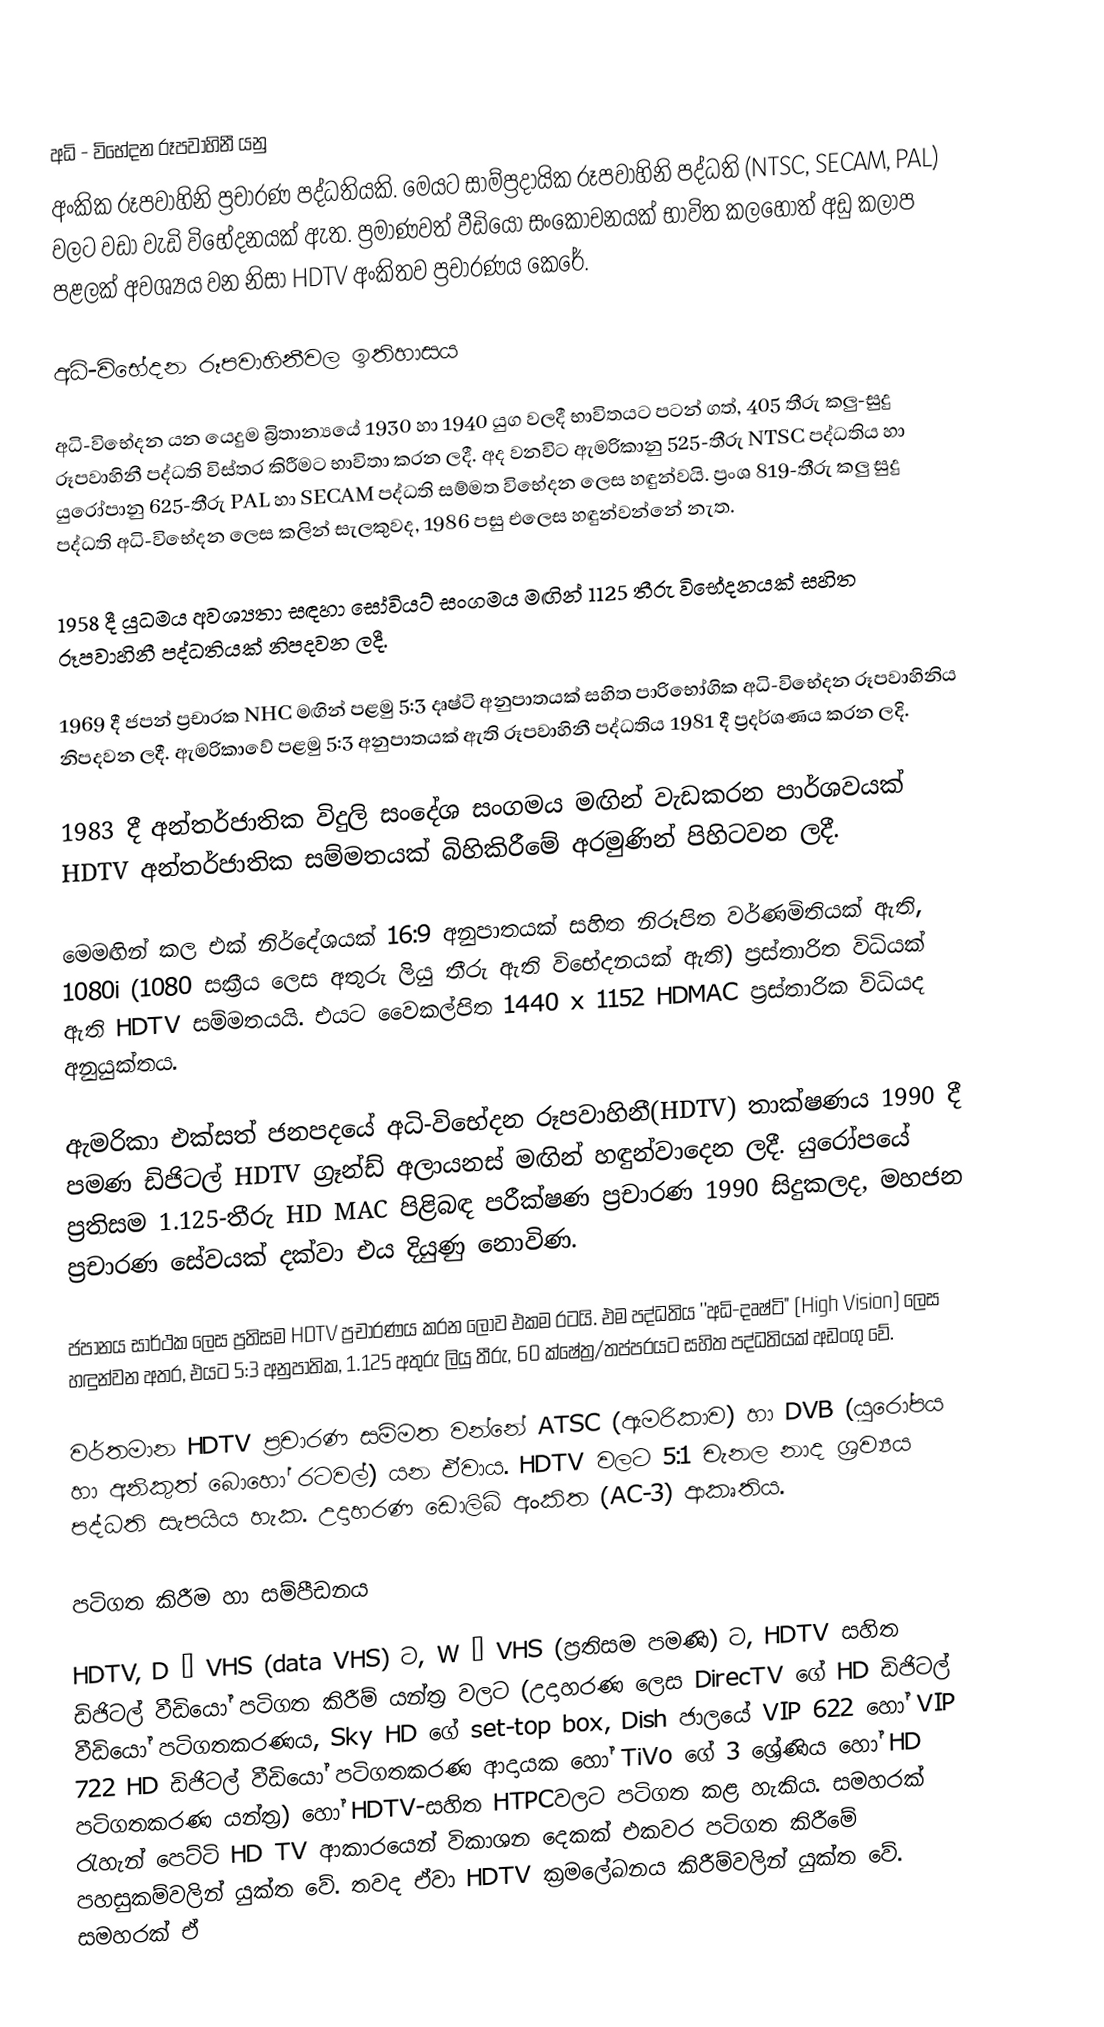

අධි - විභේදන රූපවාහිනී යනු
අංකික රූපවාහිනි ප්‍රචාරණ පද්ධතියකි. මෙයට සාම්ප්‍රදායික රූපවාහිනි පද්ධති (NTSC, SECAM, PAL) වලට වඩා වැඩි ‍විභේදනයක් ඇත. ප්‍රමාණවත් වීඩියෝ සංකෝචනයක් භාවිත කලහොත් අඩු කලාප පළලක් අවශ්‍යය වන නිසා HDTV අංකිතව ප්‍රචාරණය කෙරේ.

අධි-විභේදන රූපවාහිනීවල ඉතිහාසය

අධි-විභේදන යන යෙදුම බ්‍රිතාන්‍යයේ 1930 හා 1940 යුග වලදී භාවිතයට පටන් ගත්, 405 තීරු කලු-සුදු රූපවාහිනී පද්ධති විස්තර කිරීමට භාවිතා කරන ලදී. අද වනවිට ඇමරිකානු 525-තීරු NTSC පද්ධතිය හා යුරෝපානු 625-තීරු PAL හා SECAM පද්ධති සම්මත විභේදන ලෙස හඳුන්වයි. ප්‍රංශ 819-තීරු කලු සුදු පද්ධති අධි-විභේදන ලෙස කලින් සැලකුවද, 1986 පසු ‍එලෙස හඳුන්වන්නේ නැත.

1958 දී යුධමය අවශ්‍යතා සඳහා සෝවියට් සංගමය මඟින් 1125 තීරු විභේදනයක් සහිත රූපවාහිනී පද්ධතියක් නිපදවන ලදී.

1969 දී ජපන් ප්‍රචාරක NHC මඟින් පළමු 5:3 දෘෂ්ටි අනුපාතයක් සහිත පාරිභෝගික අධි-විභේදන රූපවාහිනිය නිපදවන ලදී. ඇමරිකාවේ පළමු 5:3 අනුපාතයක් ඇති රූපවාහිනී පද්ධතිය 1981 දී ප්‍රදර්ශණය කරන ලදි.

1983 දී අන්තර්ජාතික විදුලි සංදේශ සංගමය මඟින් වැඩකරන පාර්ශවයක් HDTV අන්තර්ජාතික සම්මතයක් බිහිකිරීමේ අරමුණින් පිහිටවන ලදී.

මෙමඟින් කල එක් නිර්දේශයක් 16:9 අනුපාතයක් සහිත නිරූපිත වර්ණමිතියක් ඇති, 1080i (1080 සක්‍රීය ලෙස අතුරු ලියු තීරු ඇති විභේදනයක් ඇති) ප්‍රස්තාරිත විධියක් ඇති HDTV සම්මතයයි. එයට වෛකල්පිත 1440 x 1152 HDMAC ප්‍රස්තාරික විධියද අනුයුක්තය.

ඇමරිකා එක්සත් ජනපදයේ අධි-විභේදන රූපවාහිනී(HDTV) තාක්ෂණය 1990 දී පමණ ඩිජිටල් HDTV ග්‍රෑන්ඩ් අලායනස් මඟින් හඳුන්වාදෙන ලදී. යුරෝපයේ ප්‍රතිසම 1.125-තීරු HD MAC පිළිබඳ පරීක්ෂණ ප්‍රචාරණ 1990 සිදුකලද, මහජන ප්‍රචාරණ සේවයක් දක්වා එය දියුණු නොවිණ.

ජපානය සාර්ථක ලෙස ප්‍රතිසම HDTV ප්‍රචාරණය කරන ලොව එකම රටයි. එම පද්ධතිය ''අධි-දෘෂ්ටි" (High Vision) ලෙස හඳුන්වන අතර, එයට 5:3 අනුපාතික, 1.125 අතුරු ලියු තීරු, 60 ක්ෂේත්‍ර/තප්පරයට සහිත පද්ධතියක් අඩංගු වේ.

වර්තමාන HDTV ප්‍රචාරණ සම්මත වන්නේ ATSC (ඇමරිකාව) හා DVB (යුරෝපය හා අනිකුත් බොහෝ රටවල්) යන ඒවාය. HDTV වලට 5:1 චැනල නාද ශ්‍රව්‍යය පද්ධති සැපයිය හැක. උදාහරණ ඩොලිබි අංකිත (AC-3) ආකෘතිය.

පටිගත කිරීම හා සම්පීඩනය

HDTV, D – VHS (data VHS) ට, W – VHS (ප්‍රතිසම පමණි) ට, HDTV සහිත ඩිජිටල් වීඩියෝ පටිගත කිරීම් යන්ත්‍ර වලට (උදාහරණ ලෙස DirecTV ගේ HD ඩිජිටල් වීඩියෝ පටිගතකරණය, Sky HD ගේ set-top box, Dish ජාලයේ VIP 622 හෝ VIP 722 HD ඩිජිටල් වීඩියෝ පටිගතකරණ ආදායක හෝ  TiVo ගේ 3 ශ්‍රේණිය හෝ  HD පටිගතකරණ යන්ත්‍ර) හෝ HDTV-සහිත HTPCවලට පටිගත කළ හැකිය. සමහරක් රැහැන් පෙට්ටි HD TV ආකාරයෙන් විකාශන දෙකක් එකවර පටිගත කිරීමේ පහසුකම්වලින් යුක්ත වේ. තවද ඒවා HDTV ක්‍රමලේඛනය කිරීම්වලින් යුක්ත වේ. සමහරක් ඒ